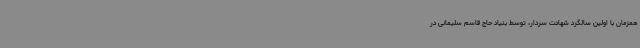
همزمان با اولین سالگرد شهادت سردار، توسط بنیاد حاج قاسم سلیمانی در